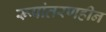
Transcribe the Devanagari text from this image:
रूपांतरणहीन